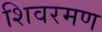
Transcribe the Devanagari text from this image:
शिवरमण